Civil Veterinary Department Bengal reports 1923-33 - 1923-1933
Year: 1923
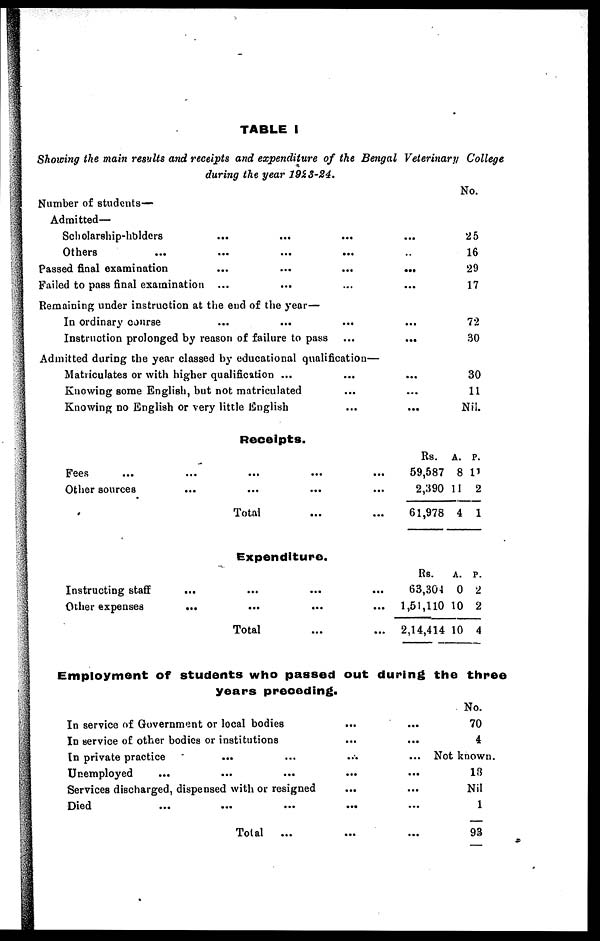
TABLE I
Showing the main results and receipts and expenditure of the Bengal Veterinary College
during the year 1923-24.
Number of students—
Admitted—
Scholarship-holders
...
...
...
Others
...
...
...
...
Passed final examination
...
...
...
Failed to pass final examination
...
...
...
Remaining under instruction at the end of the year—
In ordinary course
...
...
...
...
Instruction prolonged by reason of failure to pass ...
Admitted during the year classed by educational qualification—
Matriculates or with higher qualification ...
...
Knowing some English, but not matriculated
...
Knowing no English or very little English
...
...
...
...
...
...
...
...
...
...
No.
25
16
29
17
72
30
30
11
Nil.
Receipts.
Fees
Other sources
Total
Rs.
59,587
2,390
61,978
A.
8
11
4
P.
11
2
1
Expenditure.
Instructing staff
Other expenses
...
...
Total
Rs.
63,304
1,51,110
2,14,414
A.
0
10
10
p.
2
2
4
Employment of students who passed out during the three
years preceding.
In service of Government or local bodies
In service of other bodies or institutions
In private practice
...
...
Unemployed ... ... ...
Services discharged, dispensed with or resigned
Died ... ... ...
Total
...
...
...
...
...
...
...
...
...
...
...
...
...
...
...
No.
70
4
Not known.
18
Nil
1
93